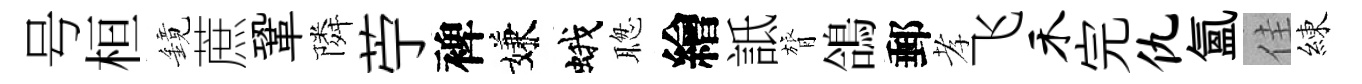
号桓鏡蔗鞏隣苧裨嫌蛾聦繪詆膂鴿郵孝飞禾完仇氲佳練